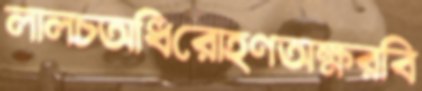
লালচঅধিরোহণঅক্ষরবি